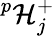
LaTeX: ^p\mathcal{H}_{j}^{+}